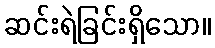
ဆင်းရဲခြင်းရှိသော။